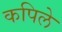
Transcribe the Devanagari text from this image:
कपिले